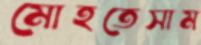
মোহতেসাম